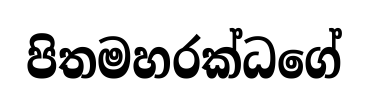
පිතමහරක්ධගේ